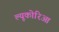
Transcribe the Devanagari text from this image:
ल्यूकोरिआ